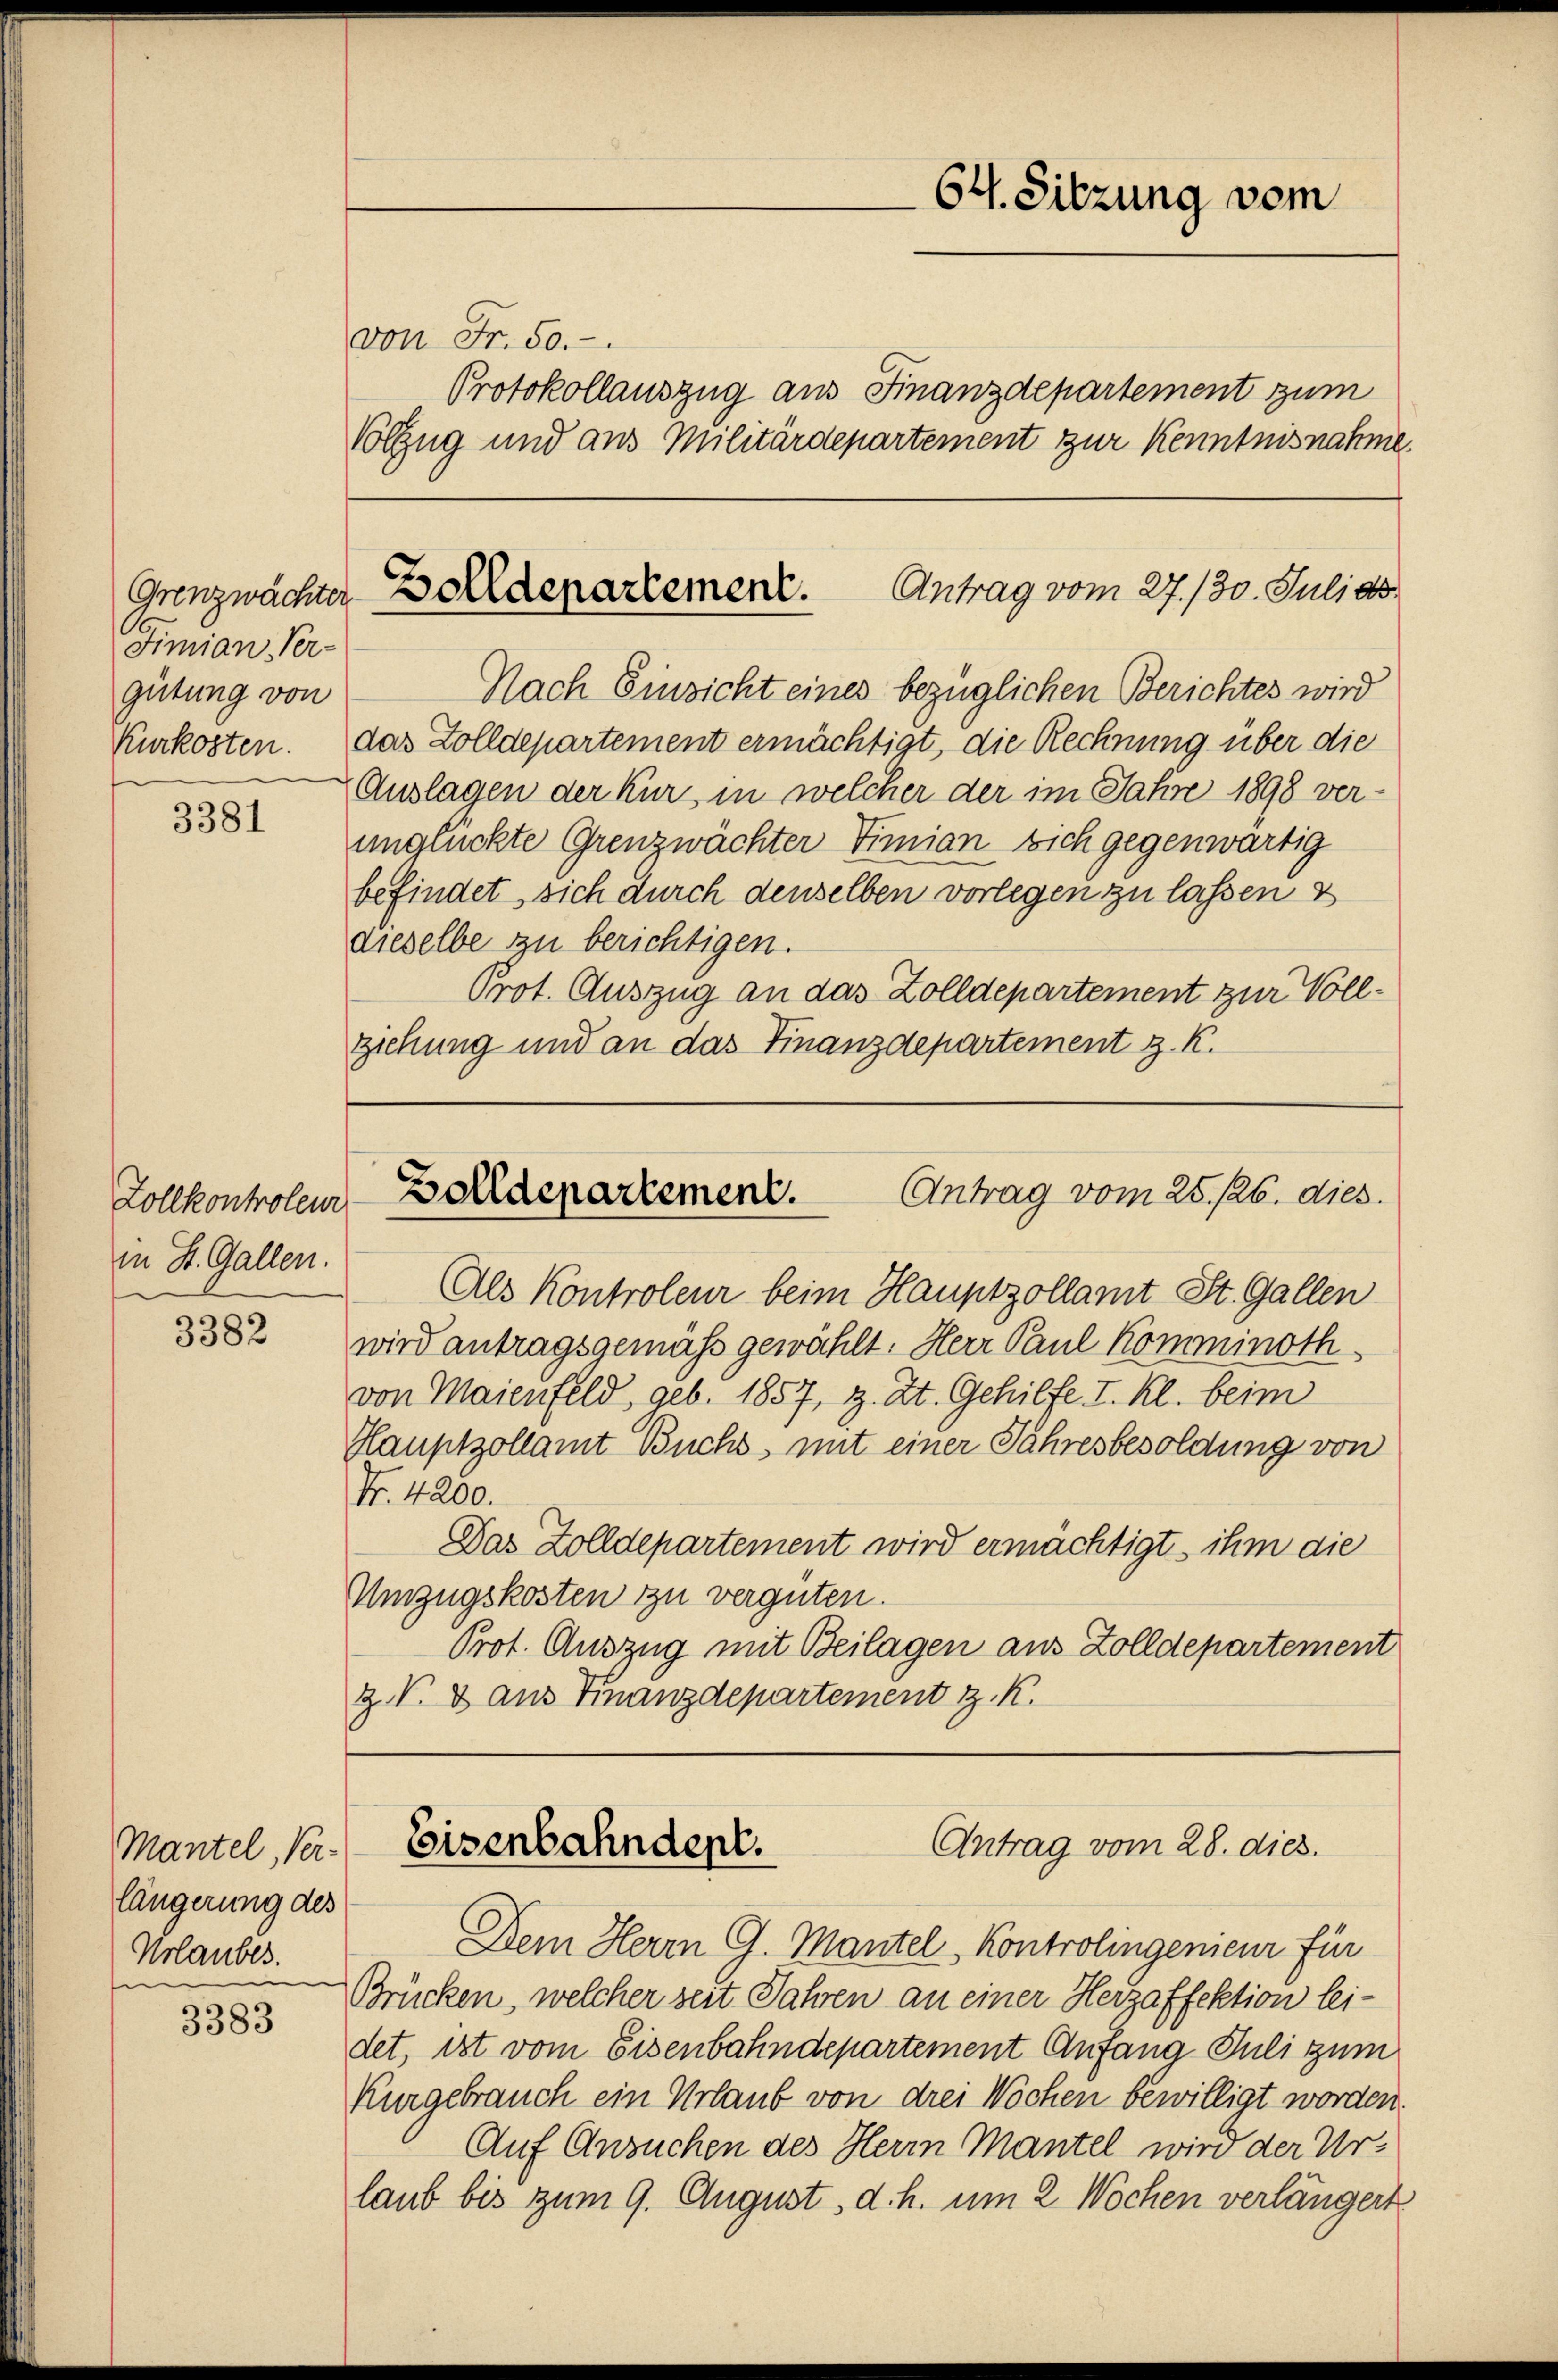
64. Sitzung vom

von Fr. 50.
Protokollauszug aus Finanzdepartement zum
Volzug und aus Militärdepartement zur Kenntnisnahme.

Grenzwachter Zolldepartement. Antrag vom 27. 130. Juli as

Nach Einsicht eines bezüglichen Berichtes wird
das Zolldepartement ermächtigt, die Rechnung über die
Auslagen der Kur, in welcher der im Jahre 1898 ver-
unglückte Grenzwächter Timian sich gegenwärtig
befindet, sich durch denselben vorlegen zu lassen &
dieselbe zu berichtigen.
Prot. Auszug an das Zolldepartement zur Vollziehung und an das Finanzdepartement z. K.

Fimian Ver-
gütung von
Kurkosten.
t

3381

Zolldepartement.
Antrag vom 25. 126. dies.

Zollkontroleur
in St. Gallen.

Als Kontroleur beim Hauptzollamt St. Gallen
wird antragsgemäss gewählt. Herr Paul Komminothvon Maienfeld, geb. 1857, z. Zt. Gehilfe I. Kl. beim
Hauptzollamt Buchs, mit einer Jahresbesoldung von
Nr. 4200.
Das Zolldepartement wird ermächtigt, ihm die
Umzugskosten zu vergüten.
Prot. Auszug mit Beilagen aus Zolldepartement
z. V. 8 aus Finanzdepartement z. K.

3382

Antrag vom 28. dies.
Eisenbahndept.

Mantel, Ver-
längerung des
Urlauber.

Dem Herrn G. Mantel, Kontrolingenieur für
Brücken, welcher seit Jahren an einer Herzaffektion lei-
det, ist vom Eisenbahndepartement Anfang Juli zum
Kurgebrauch ein Urlaub von drei Wochen bewilligt worden.
Auf Ansuchen des Herrn Mantel wird der Ur-
laub bis zum 9. August, d. h. um 2 Wochen verlängert

3383